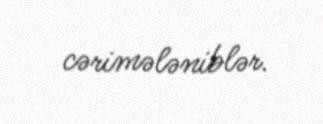
cərimələniblər.